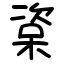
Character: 楶